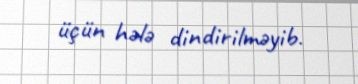
üçün hələ dindirilməyib.